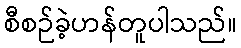
စီစဉ်ခဲ့ဟန်တူပါသည်။